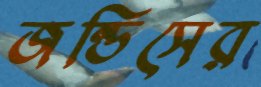
জন্ডিসের